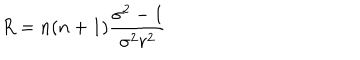
R = n ( n + 1 ) \frac { \sigma ^ { 2 } - 1 } { \sigma ^ { 2 } r ^ { 2 } }